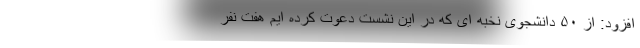
افزود: از ۵۰ دانشجوی نخبه ای که در این نشست دعوت کرده ایم هفت نفر